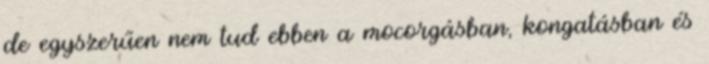
de egyszerűen nem tud ebben a mocorgásban, kongatásban és